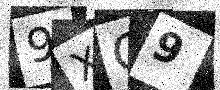
Text: 9XQ9